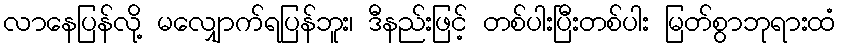
လာနေပြန်လို့ မလျှောက်ရပြန်ဘူး၊ ဒီနည်းဖြင့် တစ်ပါးပြီးတစ်ပါး မြတ်စွာဘုရားထံ